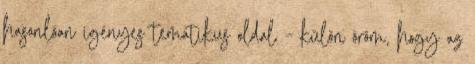
hasonlóan igényes tematikus oldal – külön öröm, hogy az